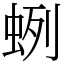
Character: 蛚